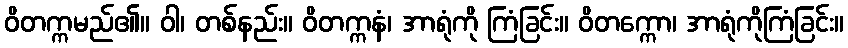
ဝိတက္ကမည်၏။ ဝါ၊ တစ်နည်း။ ဝိတက္ကနံ၊ အာရုံကို ကြံခြင်း။ ဝိတက္ကော၊ အာရုံကိုကြံခြင်း။